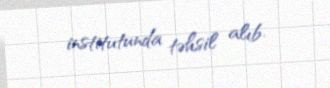
institutunda təhsil alıb.